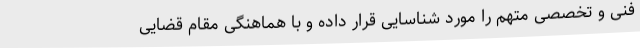
فنی و تخصصی متهم را مورد شناسایی قرار داده و با هماهنگی مقام قضایی